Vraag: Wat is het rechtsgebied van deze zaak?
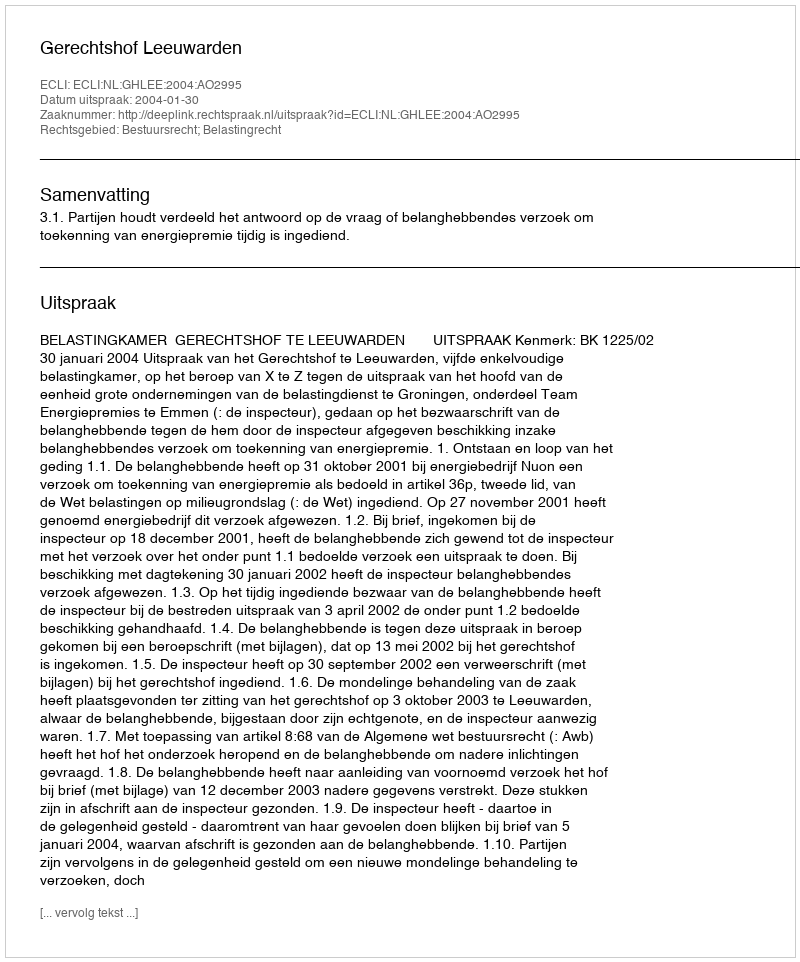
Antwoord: Bestuursrecht; Belastingrecht